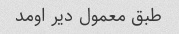
طبق معمول دیر اومد